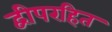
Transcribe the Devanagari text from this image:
द्वीपरहित